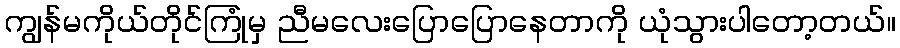
ကျွန်မကိုယ်တိုင်ကြုံမှ ညီမလေးပြောပြောနေတာကို ယုံသွားပါတော့တယ်။